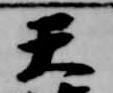
天